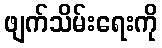
ဖျက်သိမ်းရေးကို